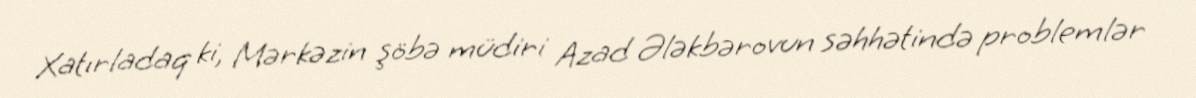
Xatırladaq ki, Mərkəzin şöbə müdiri Azad Ələkbərovun səhhətində problemlər